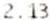
2.13